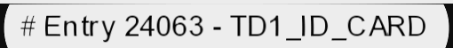
# Entry 24063 - TD1_ID_CARD